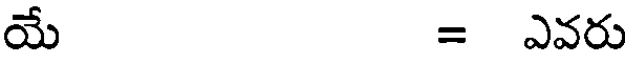
యే = ఎవరు